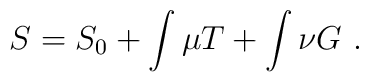
S=S_0 +\int\mu T+\int\nu G\ .